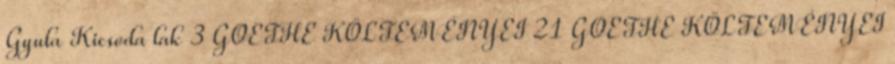
Gyula Kicsoda lak 3 GOETHE KÖLTEMÉNYEI 21 GOETHE KÖLTEMÉNYEI